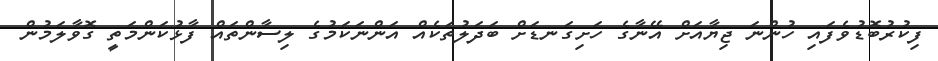
ފިކުރުބޮޑުވެފައި ހުންނަ ޖިޔާއަށް އޭނާގެ ހަށިގަނޑަށް ބަދަލުތަކެއް އަންނަކަމުގެ ލިސާންތައް ފާޅުކަންމަތީ ގޮވާލަމުން